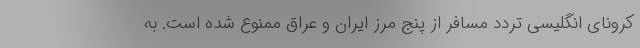
کرونای انگلیسی تردد مسافر از پنج مرز ایران و عراق ممنوع شده است. به